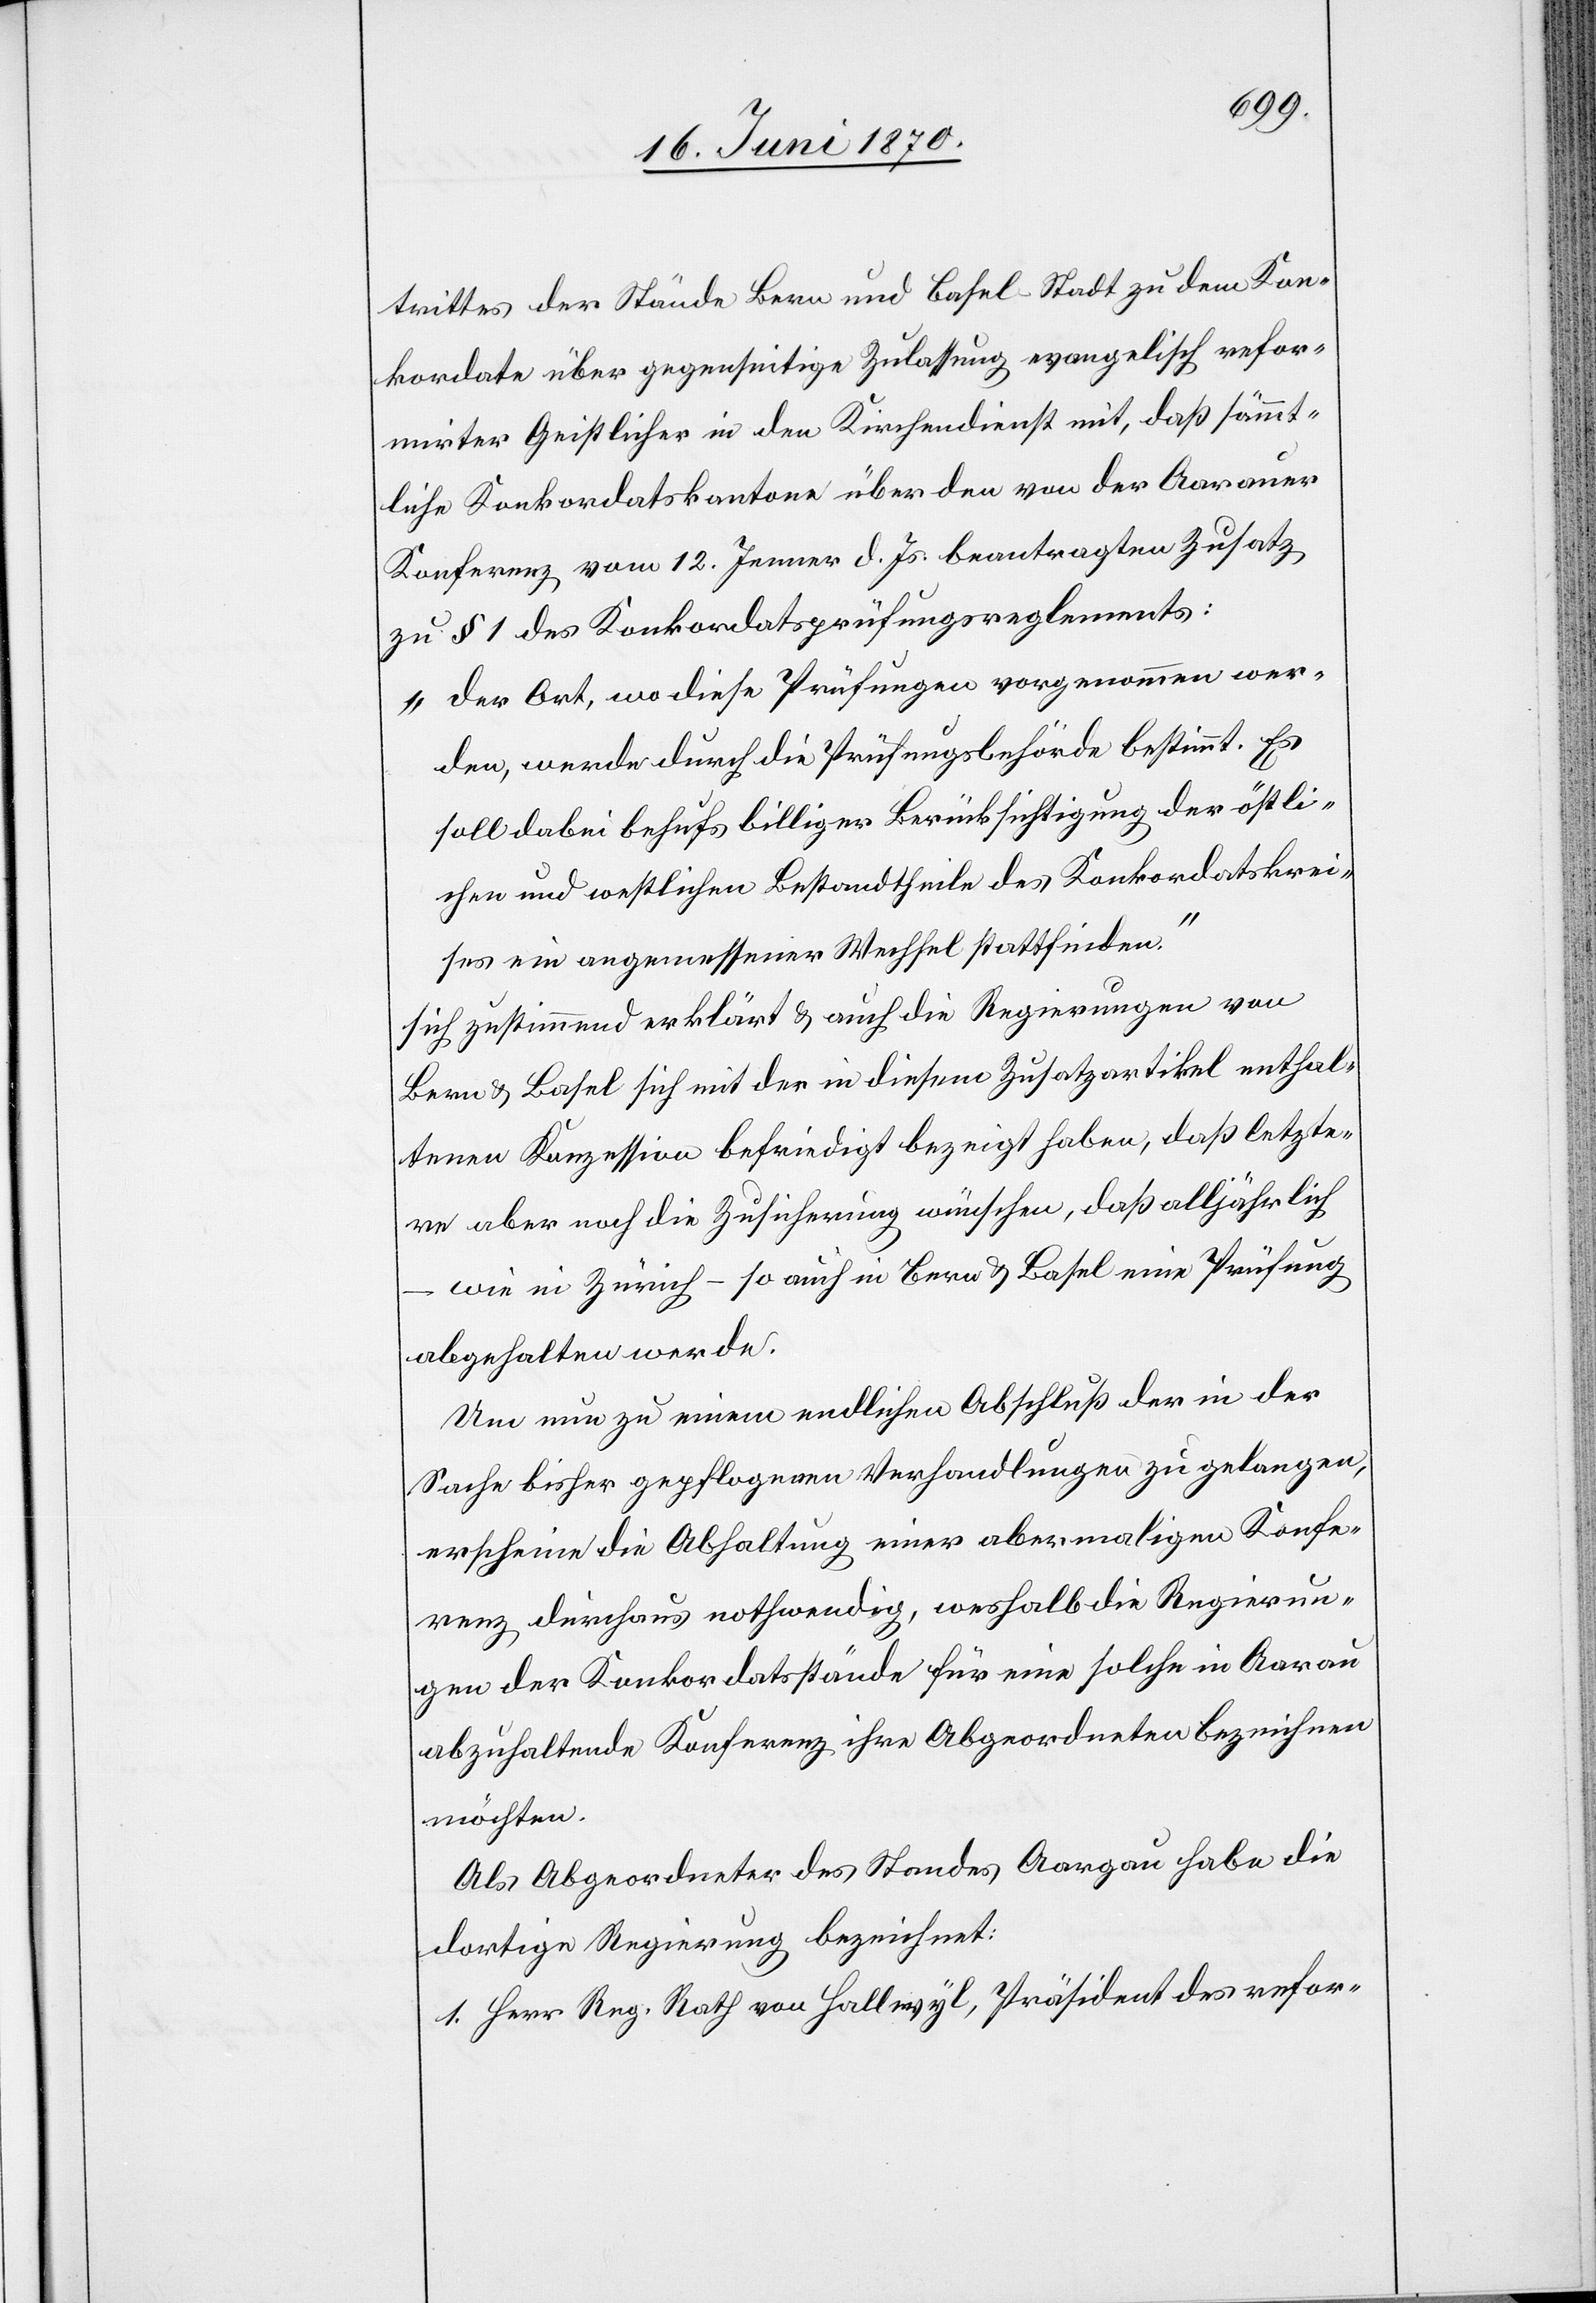
trittes der Stände Bern und Basel-Stadt zu dem Kon¬
kordate über gegenseitige Zulassung evangelisch refor¬
mirter Geistlicher in den Kirchendienst mit, daß sämmt¬
liche Konkordatskantone über den von der Aarauer
Konferenz vom 12. Jenner d. Js. beantragten Zusatz
zu § 1 des Konkordatsprüfungsreglements:
„der Ort, wo diese Prüfungen vorgenommen wer¬
den, werde durch die Prüfungsbehörde bestimmt. Es
soll dabei behufs billiger Berücksichtigung der östli¬
chen und westlichen Bestandtheile des Konkordatskrei¬
ses ein angemessener Wechsel stattfinden.“
sich zustimmend erklärt & auch die Regierungen von
Bern & Basel sich mit der in diesem Zusatzartikel enthal¬
tenen Konzession befriedigt bezeigt haben, daß letzte¬
re aber noch die Zusicherung wünschen, daß alljährlich
– wie in Zürich – so auch in Bern & Basel eine Prüfung
abgehalten werde.
Um neu zu einem endlichen Abschluß der in der
Sache bisher gepflogenen Verhandlungen zu gelangen,
erscheint die Abhaltung einer abermaligen Konfe¬
renz durchaus nothwendig, weshalb die Regierun¬
gen der Konkordatsstände für eine solche in Aarau
abzuhaltende Konferenz ihre Abgeordneten bezeichnen
möchten.
Als Abgeordneter des Standes Aargau habe die
dortige Regierung bezeichnet:
1. Herr Reg. Rath von Hallwyl, Präsident des refor-